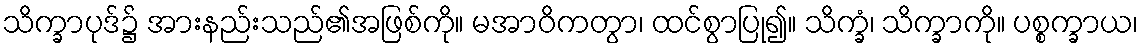
သိက္ခာပုဒ်၌ အားနည်းသည်၏အဖြစ်ကို။ မအာဝိကတွာ၊ ထင်စွာပြု၍။ သိက္ခံ၊ သိက္ခာကို။ ပစ္စက္ခာယ၊